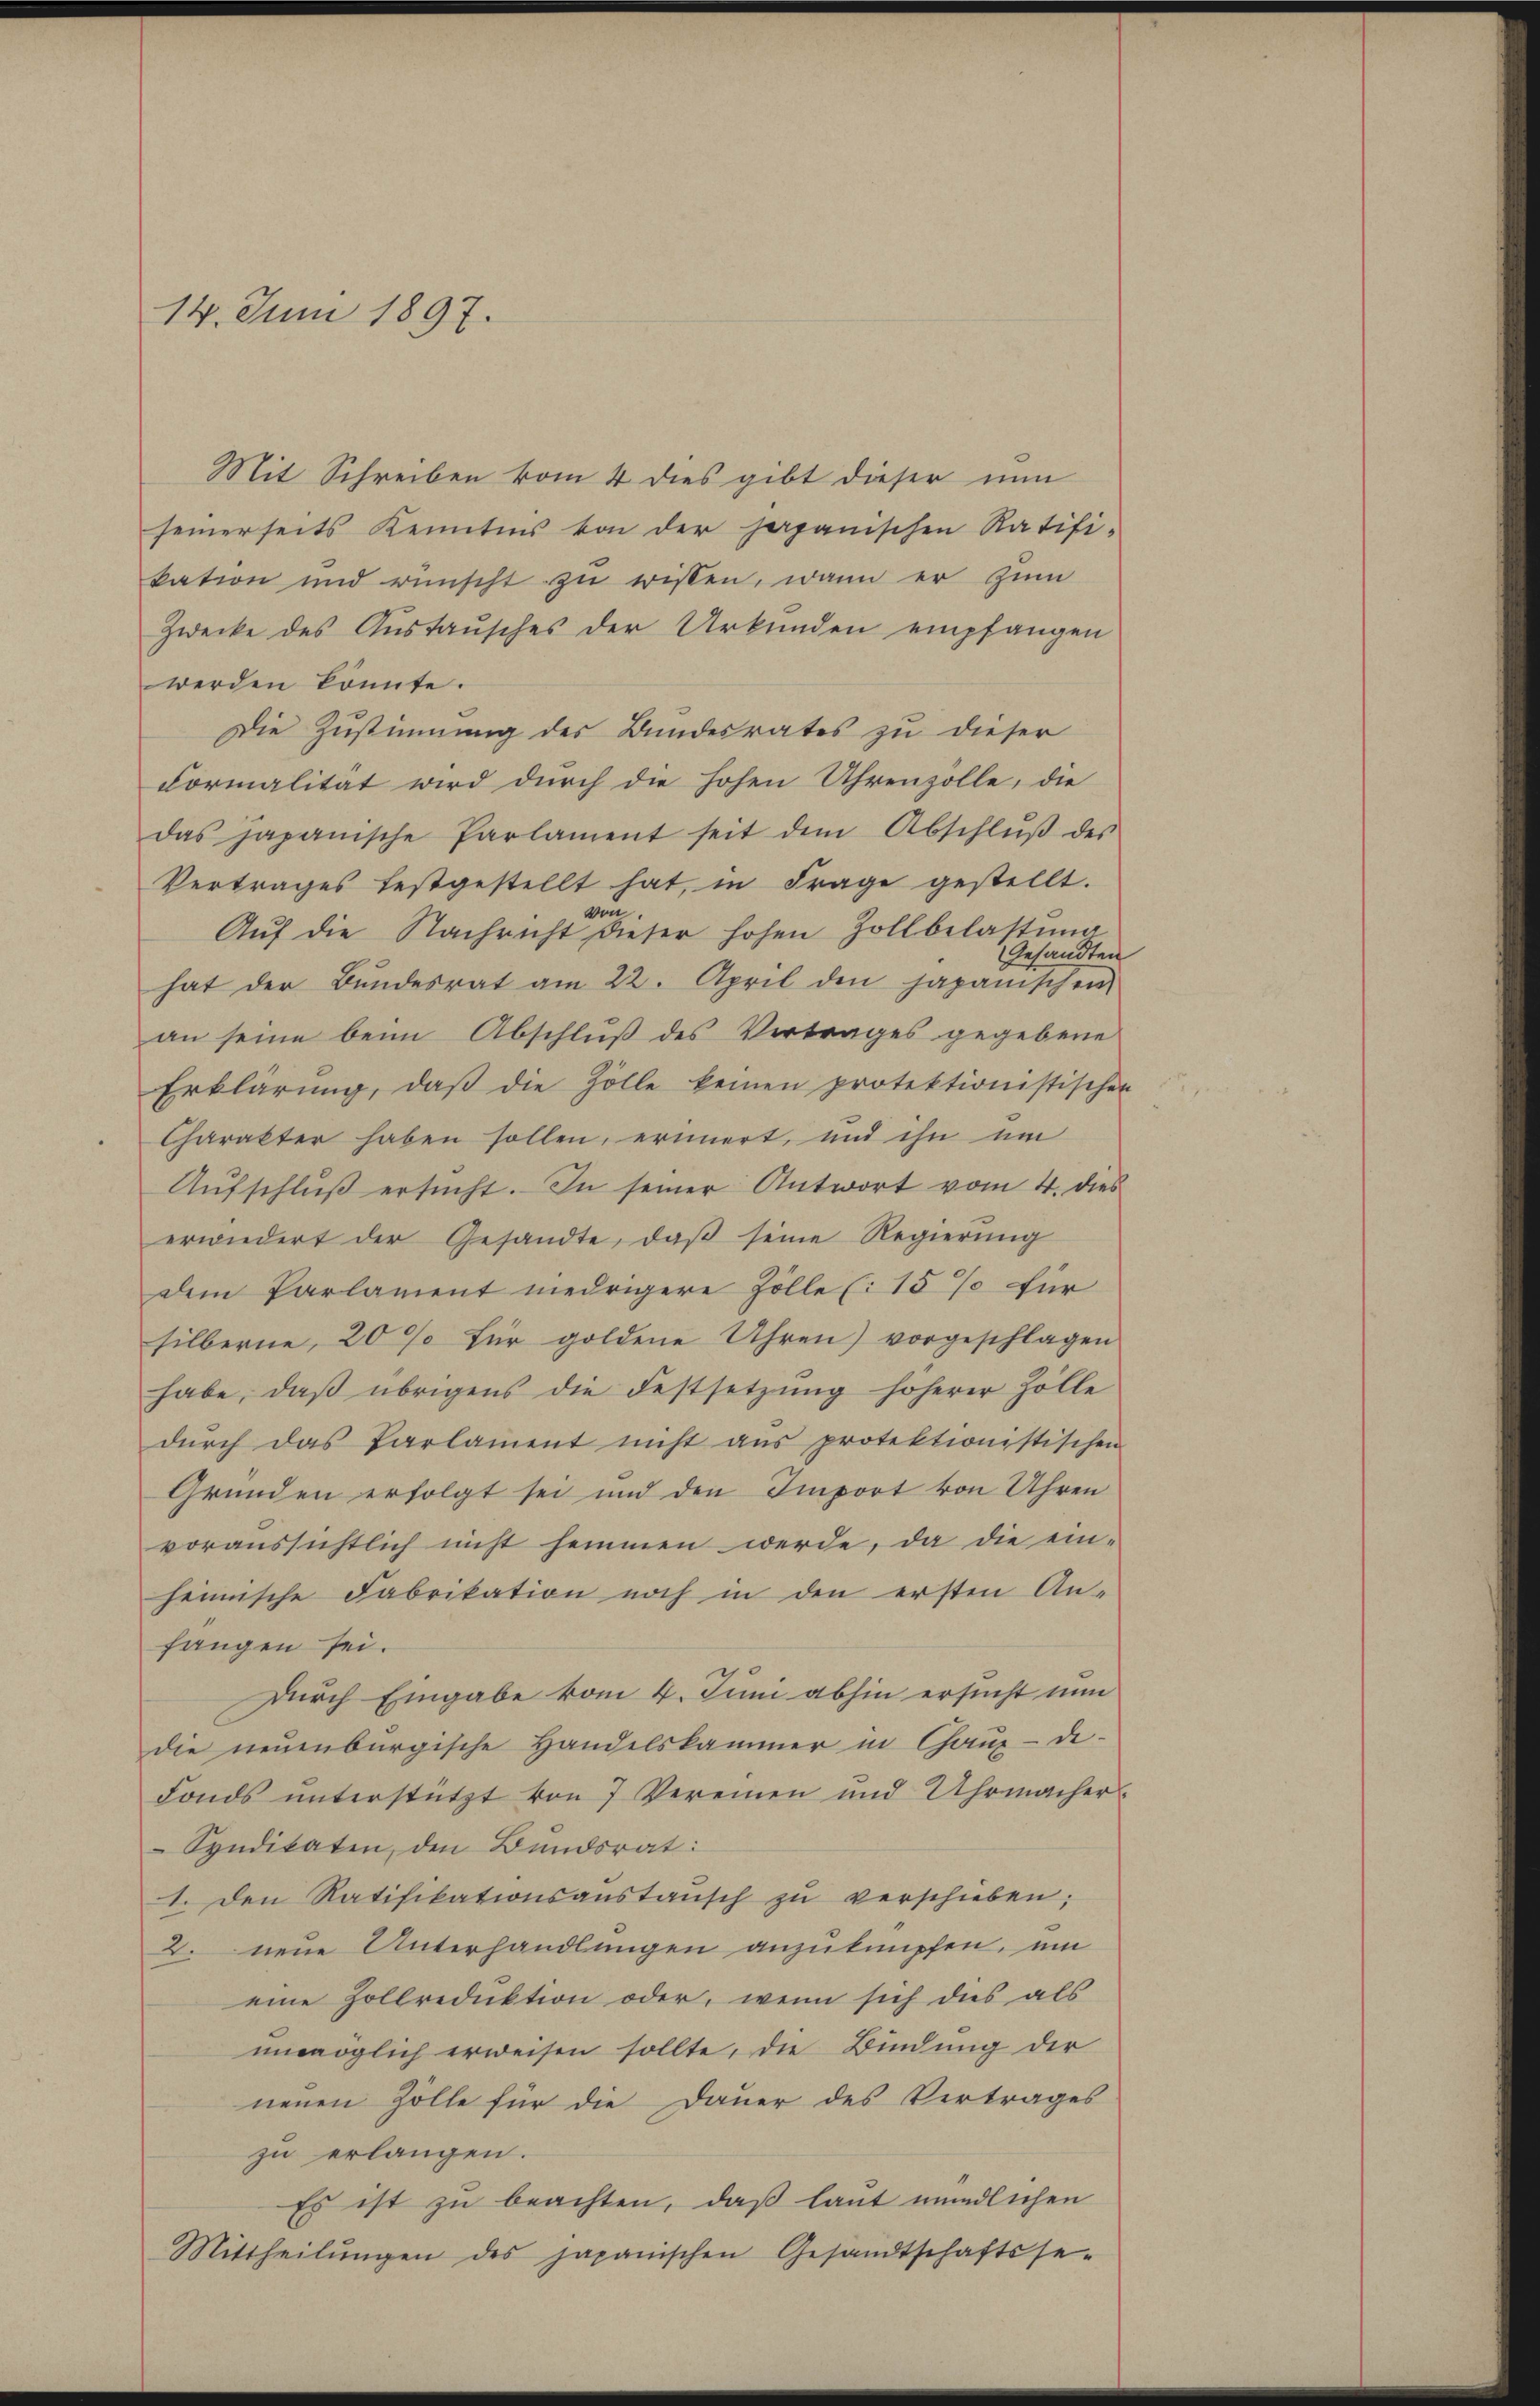
14. Juni 1897.

Mit Schreiben vom 4 dies gibt dieser nun
seinerseits Kenntnis von der japanischen Ratifi-
kation und wünscht zŭ wissen, wann er zum
Zwecke des Austausches der Urkunden empfangen
werden könnte.
Die Zustimmung des Bundesrates zu dieser
Formalität wird durch die hohen Uhrenzolle, die
das japanische Parlament seit dem Abschlŭβ des
Vertrages festgestellt hat, in Frage gestellt.
un
Aŭf die Nachricht dieser hohen Zollbelastŭng
Gesandten
hat der Bŭndesrat am 22. April den japanischen
an seine beim Abschlŭβ des Vertrages gegebene
Erklärung, daβ die Zölle keinen protektionistischen
Charakter haben sollen, erinert, und ihn um
Aŭfschlŭβ ersŭcht. In seiner Antwort vom 4. dies
erwiedert der Gesandte, daß seine Regierung
dem Parlament niedrigere Zölle (15% für
silberne, 20 % für goldene Uhren) vorgeschlagen
habe, daß übrigens die Festsetzŭng höherer Zölle
dŭrch das Parlament nicht ans protektionistischen
Gründen erfolgt sei und den Import von Uhren
voraussichtlich nicht hemmen werde, da die ein-
heimische Fabrikation noch in den ersten An-
fangen sei.
Durch Eingabe vom 4. Juni abhin ersucht nun
die neuenburgische Handelskammer in Chaux-de-
Fonds unterstützt von 7 Vereinen und Uhrmacher
Syndikaten, den Bundsrat:
1. Den Ratifikationsanstansch zŭ verschieben;
2. neue Unterhandlungen anzuknüpfen, um
eine Zollreduktion oder, wenn sich dies als
unmöglich erweisen sollte, die Bindung der
nenen Zölle für die Dauer des Vertrages
zu erlangen.
Es ist zu beachten, daß laut mündlichen
Mittheilŭngen des japanischen Gesandtschaftsse-